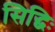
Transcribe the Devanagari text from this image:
सिद्धिः